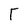
Character: T